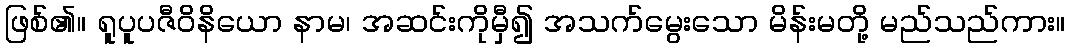
ဖြစ်၏။ ရူပူပဇီဝိနိယော နာမ၊ အဆင်းကိုမှီ၍ အသက်မွေးသော မိန်းမတို့ မည်သည်ကား။